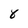
Character: 8